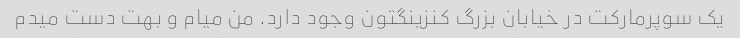
یک سوپرمارکت در خیابان بزرگ کنزینگتون وجود دارد. من میام و بهت دست میدم